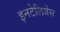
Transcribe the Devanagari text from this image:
इनटेलिजेंस